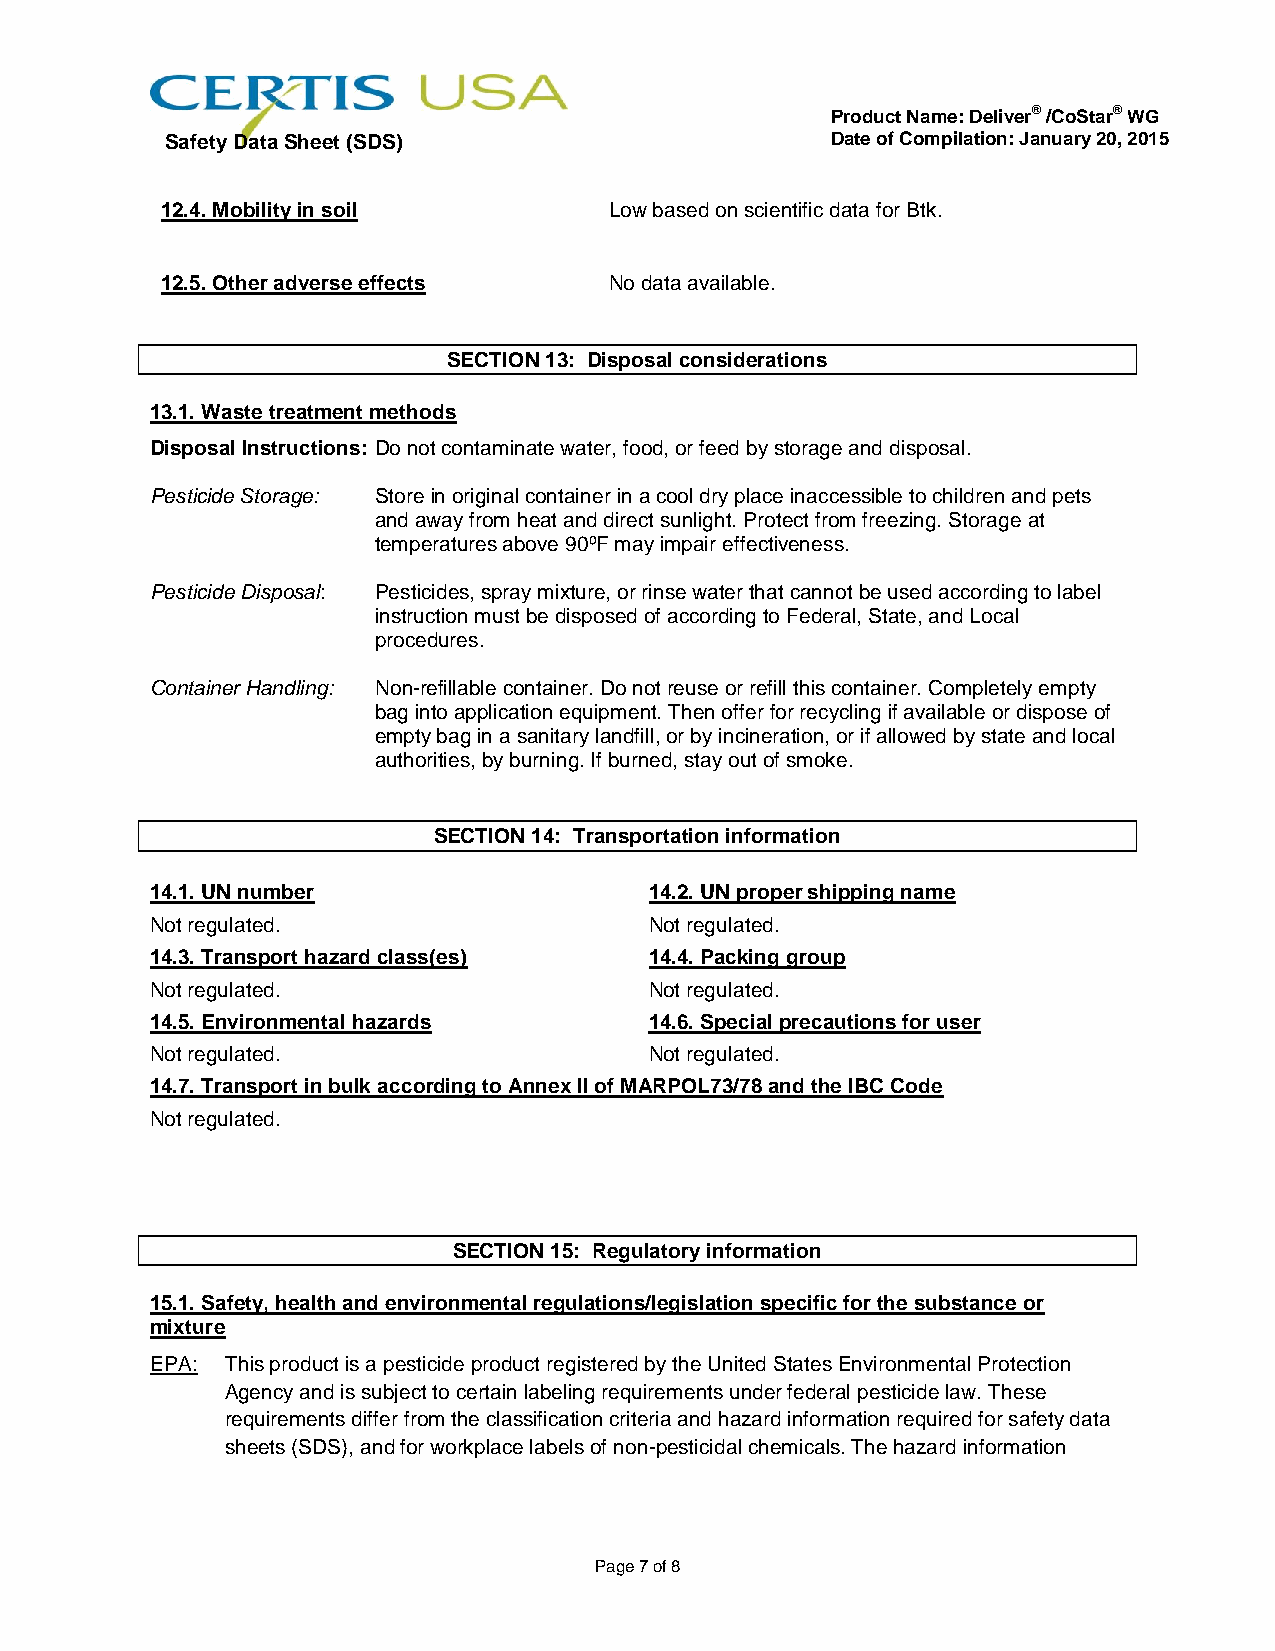
Product Name: Deliver® /CoStar® WG
 Safety Data Sheet (SDS)                     Date of Compilation: January 20, 2015
 12.4. Mobility in soil       Low based on scientific data for Btk.
 12.5. Other adverse effects  No data available.
 SECTION 13: Disposal considerations
 13.1. Waste treatment methods
 Disposal Instructions: Do not contaminate water, food, or feed by storage and disposal.
 Pesticide Storage: Store in original container in a cool dry place inaccessible to children and pets
 and away from heat and direct sunlight. Protect from freezing. Storage at
 temperatures above 90ºF may impair effectiveness.
 Pesticide Disposal: Pesticides, spray mixture, or rinse water that cannot be used according to label
 instruction must be disposed of according to Federal, State, and Local
 procedures.
 Container Handling: Non-refillable container. Do not reuse or refill this container. Completely empty
 bag into application equipment. Then offer for recycling if available or dispose of
 empty bag in a sanitary landfill, or by incineration, or if allowed by state and local
 authorities, by burning. If burned, stay out of smoke.
 SECTION 14: Transportation information
 14.1. UN number                  14.2. UN proper shipping name
 Not regulated.                   Not regulated.
 14.3. Transport hazard class(es) 14.4. Packing group
 Not regulated.                   Not regulated.
 14.5. Environmental hazards      14.6. Special precautions for user
 Not regulated.                   Not regulated.
 14.7. Transport in bulk according to Annex II of MARPOL73/78 and the IBC Code
 Not regulated.
 SECTION 15: Regulatory information
 15.1. Safety, health and environmental regulations/legislation specific for the substance or
 mixture
 EPA: This product is a pesticide product registered by the United States Environmental Protection
 Agency and is subject to certain labeling requirements under federal pesticide law. These
 requirements differ from the classification criteria and hazard information required for safety data
 sheets (SDS), and for workplace labels of non-pesticidal chemicals. The hazard information
 Page 7 of 8